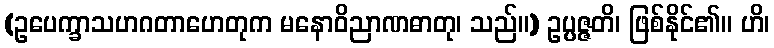
(ဥပေက္ခာသဟဂတာဟေတုက မနောဝိညာဏဓာတု၊ သည်။) ဥပ္ပဇ္ဇတိ၊ ဖြစ်နိုင်၏။ ဟိ၊